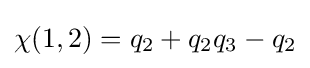
\chi (1,2)=q_{2}+q_{2}q_{3}-q_{2}